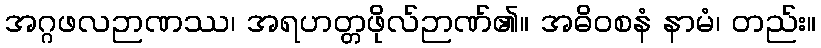
အဂ္ဂဖလဉာဏဿ၊ အရဟတ္တဖိုလ်ဉာဏ်၏။ အဓိဝစနံ နာမံ၊ တည်း။